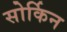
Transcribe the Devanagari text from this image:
सोर्किन